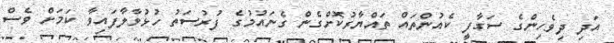
އަދި ދިވެހިންގެ ސަގާފީ ކެއުންތައް ތައްޔާރުކޮށްގެން ގެނައުމުގެ ފުރުސަތު ހުޅުވާލާފައިވާ ކަމަށް ވެސް